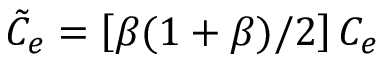
\tilde { C } _ { e } = \left[ \beta ( 1 + \beta ) / 2 \right] C _ { e }